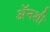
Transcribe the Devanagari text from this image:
अॅनशी